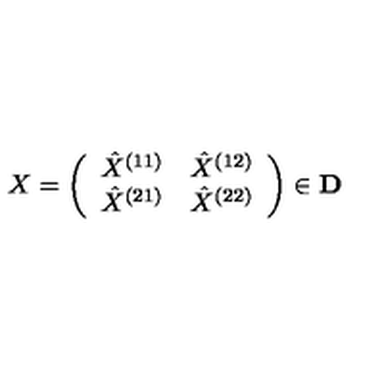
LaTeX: X = \left( \begin{array} { c c } { \hat { X } ^ { ( 1 1 ) } } & { \hat { X } ^ { ( 1 2 ) } } \\ { \hat { X } ^ { ( 2 1 ) } } & { \hat { X } ^ { ( 2 2 ) } } \\ \end{array} \right) \in { \bf D }